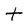
Character: t